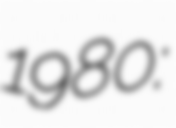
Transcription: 1980: